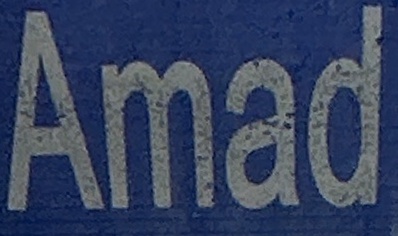
Amad